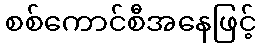
စစ်ကောင်စီအနေဖြင့်